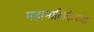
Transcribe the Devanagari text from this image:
महामालिकेच्या